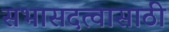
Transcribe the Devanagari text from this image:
सभासदत्वासाठी